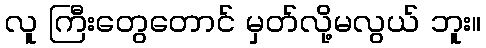
လူ ကြီးတွေတောင် မှတ်လို့မလွယ် ဘူး။